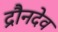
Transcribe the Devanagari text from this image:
द्रौनदेव